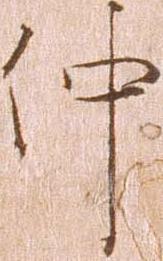
仲